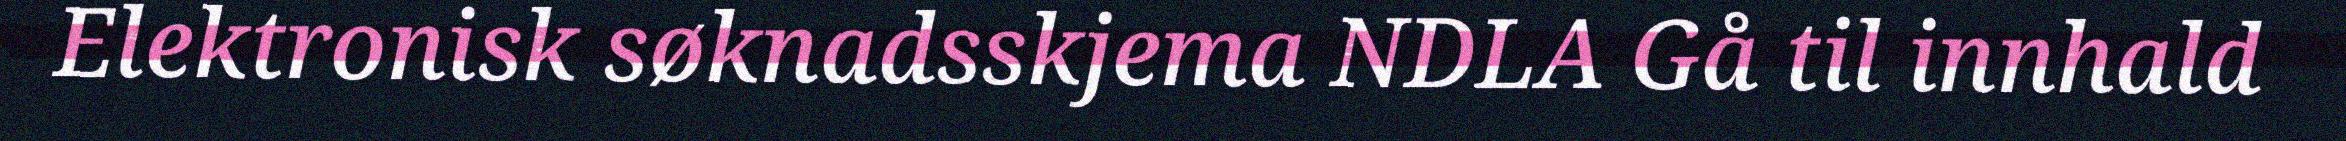
Elektronisk søknadsskjema NDLA Gå til innhald